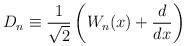
LaTeX: \begin{align*}D_n\equiv\frac{1}{\sqrt{2}}\left(W_n(x)+\frac{d}{dx}\right)\end{align*}